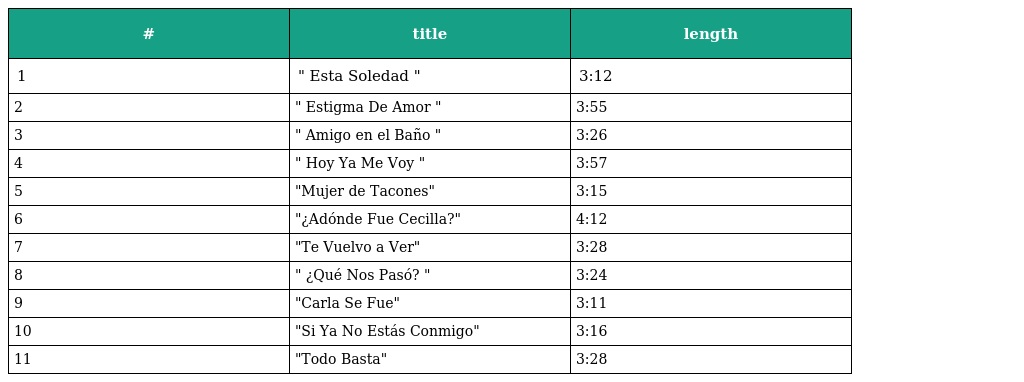
| # | title | length |
 | --- | --- | --- |
 | 1 | " Esta Soledad " | 3:12 |
 | 2 | " Estigma De Amor " | 3:55 |
 | 3 | " Amigo en el Baño " | 3:26 |
 | 4 | " Hoy Ya Me Voy " | 3:57 |
 | 5 | "Mujer de Tacones" | 3:15 |
 | 6 | "¿Adónde Fue Cecilla?" | 4:12 |
 | 7 | "Te Vuelvo a Ver" | 3:28 |
 | 8 | " ¿Qué Nos Pasó? " | 3:24 |
 | 9 | "Carla Se Fue" | 3:11 |
 | 10 | "Si Ya No Estás Conmigo" | 3:16 |
 | 11 | "Todo Basta" | 3:28 |